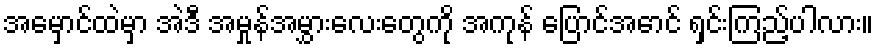
အမှောင်ထဲမှာ အဲဒီ အမှုန်အမွှားလေးတွေကို အကုန် ပြောင်အောင် ရှင်းကြည့်ပါလား။